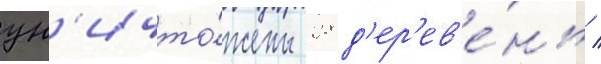
ун'ичто́жены 28 д'ер'ев'е́нь /